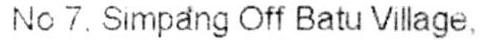
NO 7. SIMPANG OFF BATU VILLAGE,